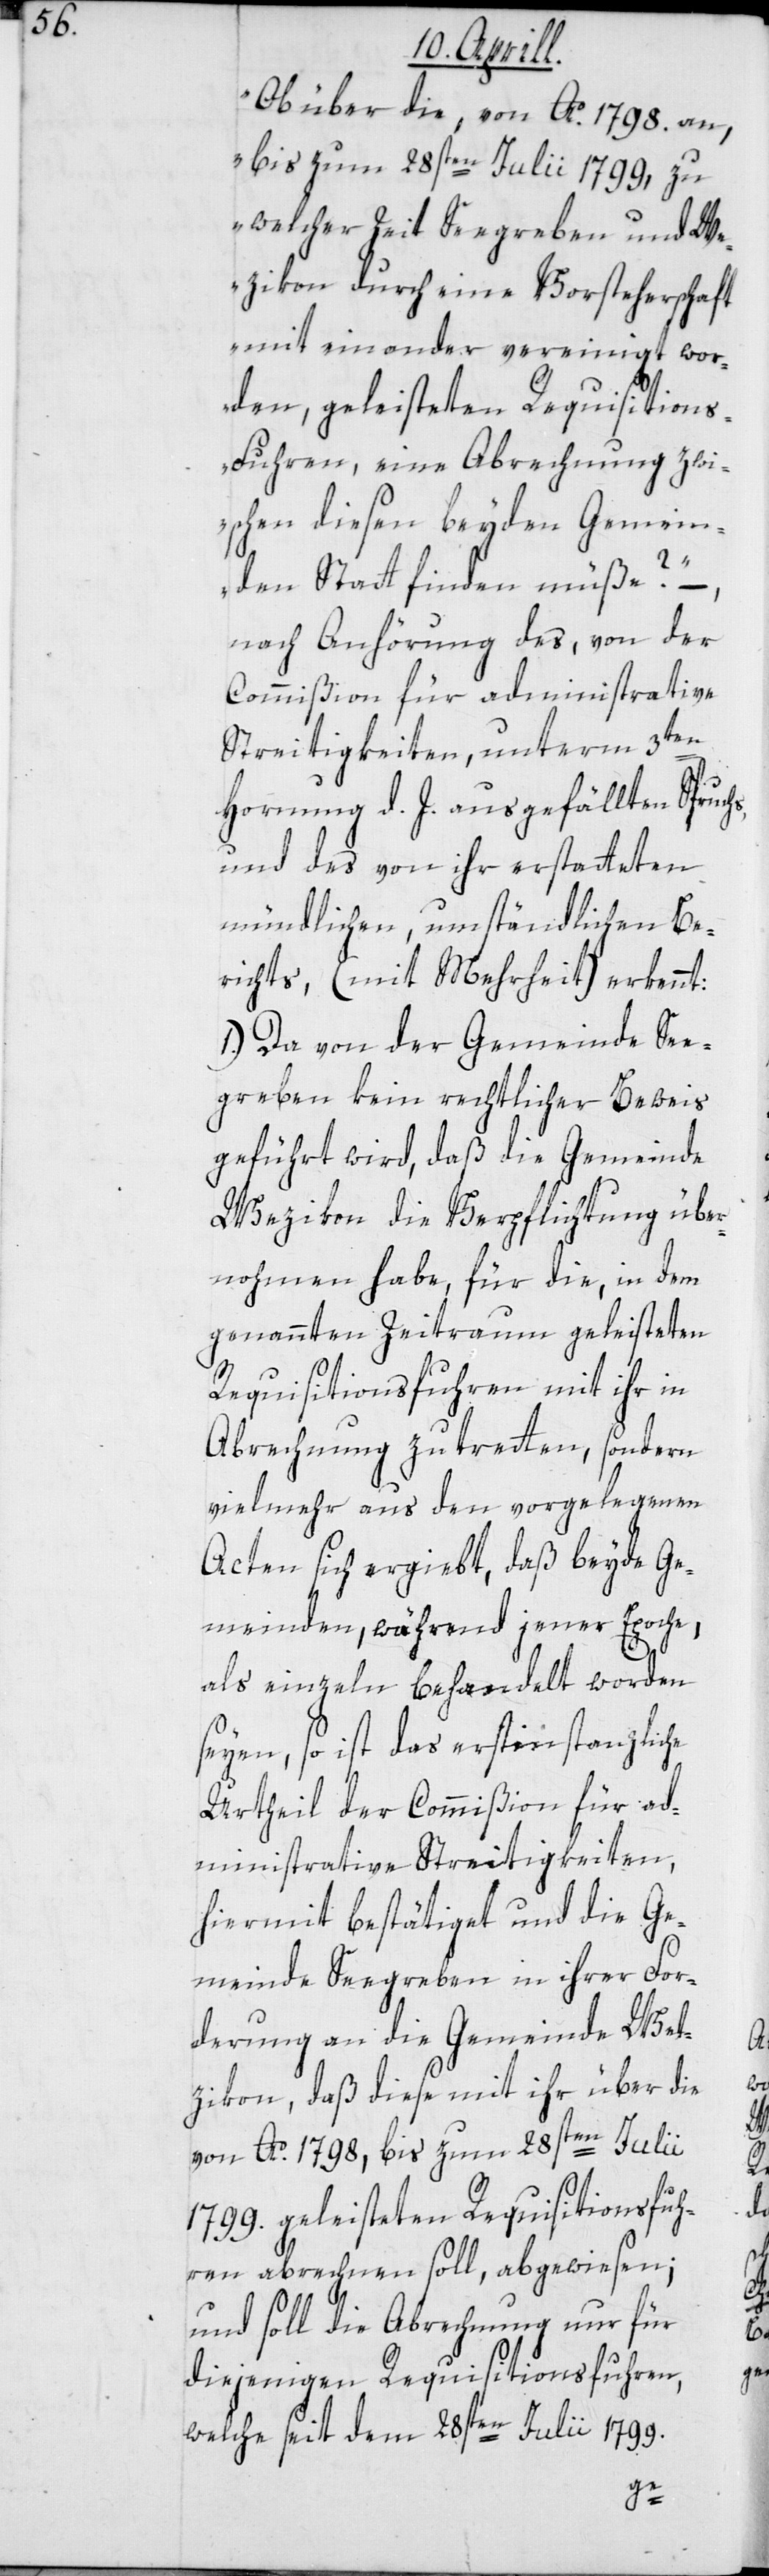
„Ob über die von Ao. 1798. an,
bis zum 28sten Julii 1799, zu
welcher Zeit Seegreben und W¬
ezikon durch eine Vorsteherschaft
miteinander vereinigt wor¬
den, geleisteten Requistion¬
s-Fuhren, eine Abrechnung zwi¬
schen diesen beyden Gemein¬
den Statt finden müße?“ –,
nach Anhörung des, von der
Commißion für administrative
Streitigkeiten, unterm 3ten
Hornung d. J. ausgefällten Spruch¬
und des von ihr erstatteten
mündlichen, umständlichen Be¬
richts, (mit Mehrheit) erkennt:
1.) Da von der Gemeinde See¬
greben kein rechtlicher Beweis
geführt wird, daß die Gemeinde
Wezikon die Verpflichtung über¬
nohmen habe, für die, in dem
genannten Zeitraum geleisteten
Requisitionsfuhren mit ihr in
Abrechnung zu tretten, sondern
vielmehr aus den vorgelegenen
Acten sich ergiebt, daß beyde Ge¬
meinden, während jener Epoche,
als einzeln behandelt worden
seyen, so ist das erstinstanzliche
Urtheil der Commißion für ad¬
ministrative Streitigkeiten,
hiermit bestätiget und die Ge¬
meinde Seegreben in ihrer For¬
derung an die Gemeinde Wet¬
zikon, daß diese mit ihr über die
von Ao. 1798, bis zum 28sten Julii
1799. geleisteten Requisitionsfuh¬
ren abrechnen soll, abgewiesen;
und soll die Abrechnung nur für
diejenigen Requistionsfuhren,
welche seit dem 28sten Julii 1799.
s,